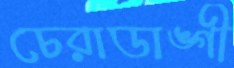
চেরাডাঙ্গী